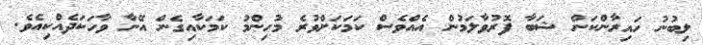
ލިބުނު ހައިރާންކަން ޝަބާ ފޮރުވާލަމުން އެއްވެސް ކަމަކަށްވުރެ މުހިންމު ކަމަކާއިގެން އޭނާ ވާހަކަދެއްކިއެވެ.